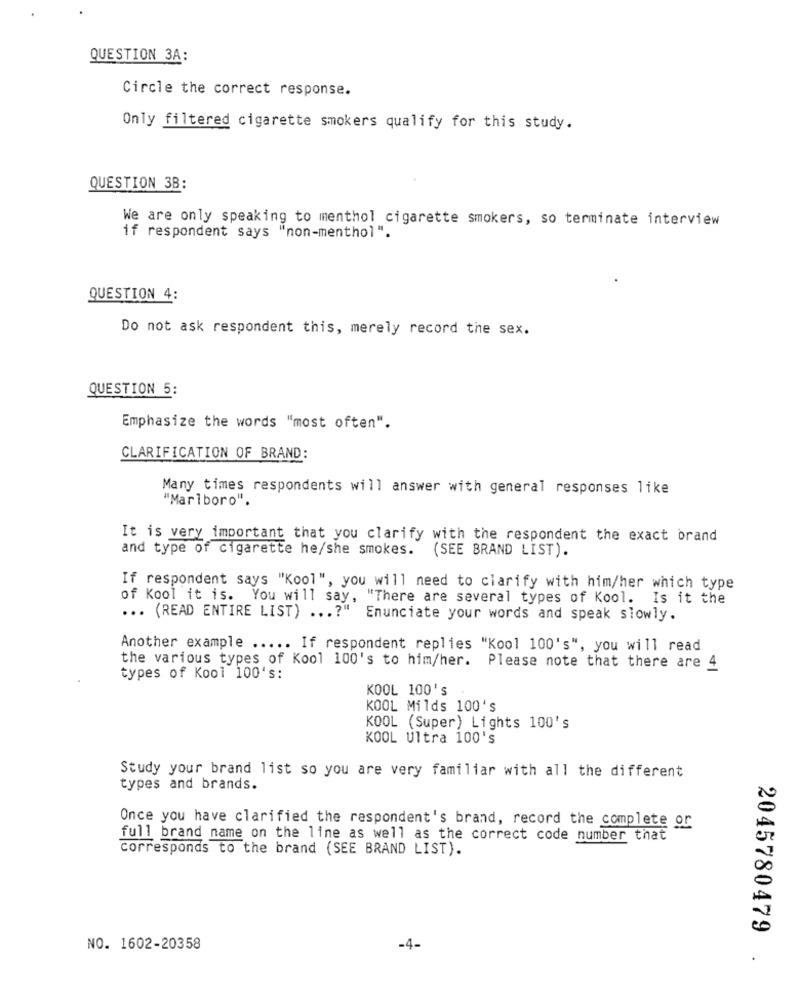
QUESTION 3A:
Circle the correct response.
Only filtered cigarette smokers qualify for this study.
QUESTION 3B:
We are only speaking to menthol cigarette smokers, so terminate interview
if respondent says "non-menthol".
QUESTION 4:
Do not ask respondent this, merely record the sex.
QUESTION 5:
Emphasize the words "most often".
CLARIFICATION OF BRAND:
Many times respondents will answer with general responses like
"Marlboro".
It is very important that you clarify with the respondent the exact brand
and type of cigarette he/she smokes. (SEE BRAND LIST).
If respondent says "Kool", you will need to clarify with him/her which type
of Kool it is. You will say, "There are several types of Kool. Is it the
... (READ ENTIRE LIST) ...? " Enunciate your words and speak slowly.
Another example ..... If respondent replies "Kool 100's", you will read
the various types of Kool 100's to him/her. Please note that there are 4
types of Kool 100's:
KOOL 100's
KOOL Milds 100's
KOOL (Super) Lights 100's
KOOL Ultra 100's
Study your brand list so you are very familiar with all the different
types and brands.
Once you have clarified the respondent's brand, record the complete or
full brand name on the line as well as the correct code number that
corresponds to the brand (SEE BRAND LIST).
NO. 1602-20358
-4-
2045780479 .